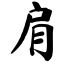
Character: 肩